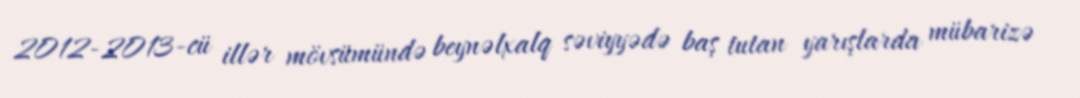
2012-2013-cü illər mövsümündə beynəlxalq səviyyədə baş tutan yarışlarda mübarizə